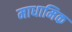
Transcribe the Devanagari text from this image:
माधामिक